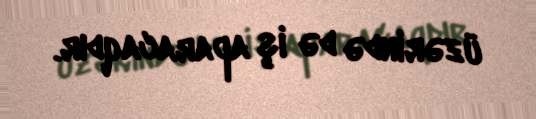
üzərində də iş aparacaqdır.